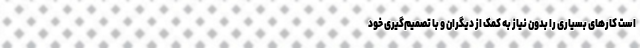
است کارهای بسیاری را بدون نیاز به کمک از دیگران و با تصمیم‌گیری خود